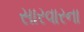
સારવારના